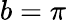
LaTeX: b=\pi